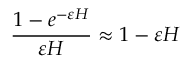
\frac { 1 - e ^ { - \varepsilon H } } { \varepsilon H } \approx 1 - \varepsilon H